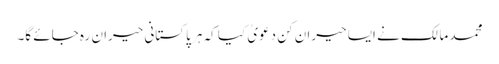
محمد مالک نے ایسا حیران کن دعویٰ کیا کہ ہر پاکستانی حیران رہ جائے گا۔